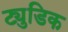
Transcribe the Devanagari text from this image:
ट्युडिक